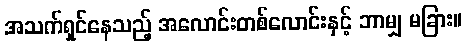
အသက်ရှင်နေသည့် အလောင်းတစ်လောင်းနှင့် ဘာမျှ မခြား။